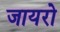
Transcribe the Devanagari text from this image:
जायरो